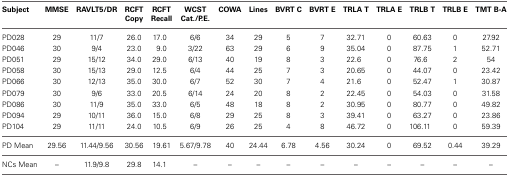
<table><thead><tr><td><b>Subject</b></td><td><b>MMSE</b></td><td><b>RAVLT5/DR</b></td><td><b>RCFT Copy</b></td><td><b>RCFT Recall</b></td><td><b>WCST Cat./P.E.</b></td><td><b>COWA</b></td><td><b>Lines</b></td><td><b>BVRT C</b></td><td><b>BVRT E</b></td><td><b>TRLA T</b></td><td><b>TRLA E</b></td><td><b>TRLB T</b></td><td><b>TRLB E</b></td><td><b>TMT B-A</b></td></tr></thead><tbody><tr><td>PD028</td><td>29</td><td>11/7</td><td>26.0</td><td>17.0</td><td>6/6</td><td>34</td><td>29</td><td>5</td><td>7</td><td>32.71</td><td>0</td><td>60.63</td><td>0</td><td>27.92</td></tr><tr><td>PD046</td><td>30</td><td>9/4</td><td>23.0</td><td>9.0</td><td>3/22</td><td>63</td><td>29</td><td>6</td><td>9</td><td>35.04</td><td>0</td><td>87.75</td><td>1</td><td>52.71</td></tr><tr><td>PD051</td><td>29</td><td>15/12</td><td>34.0</td><td>29.0</td><td>6/13</td><td>40</td><td>19</td><td>8</td><td>3</td><td>22.6</td><td>0</td><td>76.6</td><td>2</td><td>54</td></tr><tr><td>PD058</td><td>30</td><td>15/13</td><td>29.0</td><td>12.5</td><td>6/4</td><td>44</td><td>25</td><td>7</td><td>3</td><td>20.65</td><td>0</td><td>44.07</td><td>0</td><td>23.42</td></tr><tr><td>PD066</td><td>30</td><td>12/13</td><td>35.0</td><td>30.0</td><td>6/7</td><td>52</td><td>30</td><td>7</td><td>4</td><td>21.6</td><td>0</td><td>52.47</td><td>1</td><td>30.87</td></tr><tr><td>PD079</td><td>30</td><td>9/6</td><td>33.0</td><td>20.5</td><td>6/14</td><td>24</td><td>20</td><td>8</td><td>2</td><td>22.45</td><td>0</td><td>54.03</td><td>0</td><td>31.58</td></tr><tr><td>PD086</td><td>30</td><td>11/9</td><td>35.0</td><td>33.0</td><td>6/5</td><td>48</td><td>18</td><td>8</td><td>2</td><td>30.95</td><td>0</td><td>80.77</td><td>0</td><td>49.82</td></tr><tr><td>PD094</td><td>29</td><td>10/11</td><td>36.0</td><td>15.0</td><td>6/8</td><td>29</td><td>25</td><td>8</td><td>3</td><td>39.41</td><td>0</td><td>63.27</td><td>0</td><td>23.86</td></tr><tr><td>PD104</td><td>29</td><td>11/11</td><td>24.0</td><td>10.5</td><td>6/9</td><td>26</td><td>25</td><td>4</td><td>8</td><td>46.72</td><td>0</td><td>106.11</td><td>0</td><td>59.39</td></tr><tr><td>PD Mean</td><td>29.56</td><td>11.44/9.56</td><td>30.56</td><td>19.61</td><td>5.67/9.78</td><td>40</td><td>24.44</td><td>6.78</td><td>4.56</td><td>30.24</td><td>0</td><td>69.52</td><td>0.44</td><td>39.29</td></tr><tr><td>NCs Mean</td><td>–</td><td>11.9/9.8</td><td>29.8</td><td>14.1</td><td>–</td><td>–</td><td>–</td><td>–</td><td>–</td><td>–</td><td>–</td><td>–</td><td>–</td><td>–</td></tr></tbody></table>